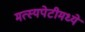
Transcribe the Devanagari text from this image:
मत्स्यपेटीमध्ये